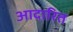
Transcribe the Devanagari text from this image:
आदारित